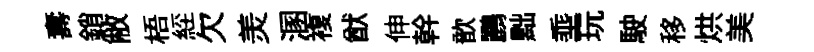
夀銷敝梧𦀇欠羙溷複猷伸幹歆鸝黜埀玩駛移烘美